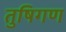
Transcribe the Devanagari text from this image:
तुषिगण